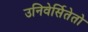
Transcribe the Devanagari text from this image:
उनिवेर्सितेतो